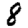
Digit: 8